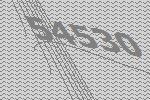
54530